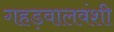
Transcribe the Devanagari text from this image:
गहड़वालवंशी